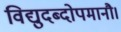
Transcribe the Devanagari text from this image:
विद्युदब्दोपमानौ।